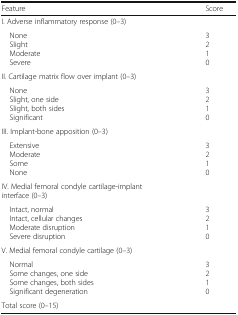
<table><thead><tr><td><b>Feature</b></td><td><b>Score</b></td></tr></thead><tbody><tr><td colspan="2">I. Adverse inflammatory response (0–3)</td></tr><tr><td> None Slight Moderate Severe</td><td>3210</td></tr><tr><td colspan="2">II. Cartilage matrix flow over implant (0–3)</td></tr><tr><td> None Slight, one side Slight, both sides Significant</td><td>3210</td></tr><tr><td colspan="2">III. Implant-bone apposition (0–3)</td></tr><tr><td> Extensive Moderate Some None</td><td>3210</td></tr><tr><td colspan="2">IV. Medial femoral condyle cartilage-implant interface (0–3)</td></tr><tr><td> Intact, normal Intact, cellular changes Moderate disruption Severe disruption</td><td>3210</td></tr><tr><td colspan="2">V. Medial femoral condyle cartilage (0–3)</td></tr><tr><td> Normal Some changes, one side Some changes, both sides Significant degeneration</td><td>3210</td></tr><tr><td colspan="2">Total score (0–15)</td></tr></tbody></table>